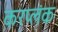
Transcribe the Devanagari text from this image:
करप्लंक